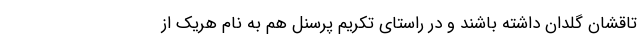
تاقشان گلدان داشته باشند و در راستای تکریم پرسنل هم به نام هریک از